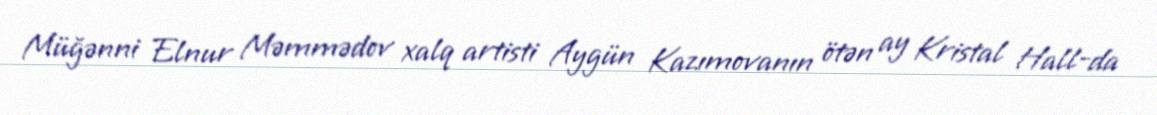
Müğənni Elnur Məmmədov xalq artisti Aygün Kazımovanın ötən ay Kristal Hall-da